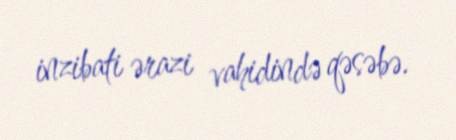
inzibati ərazi vahidində qəsəbə.